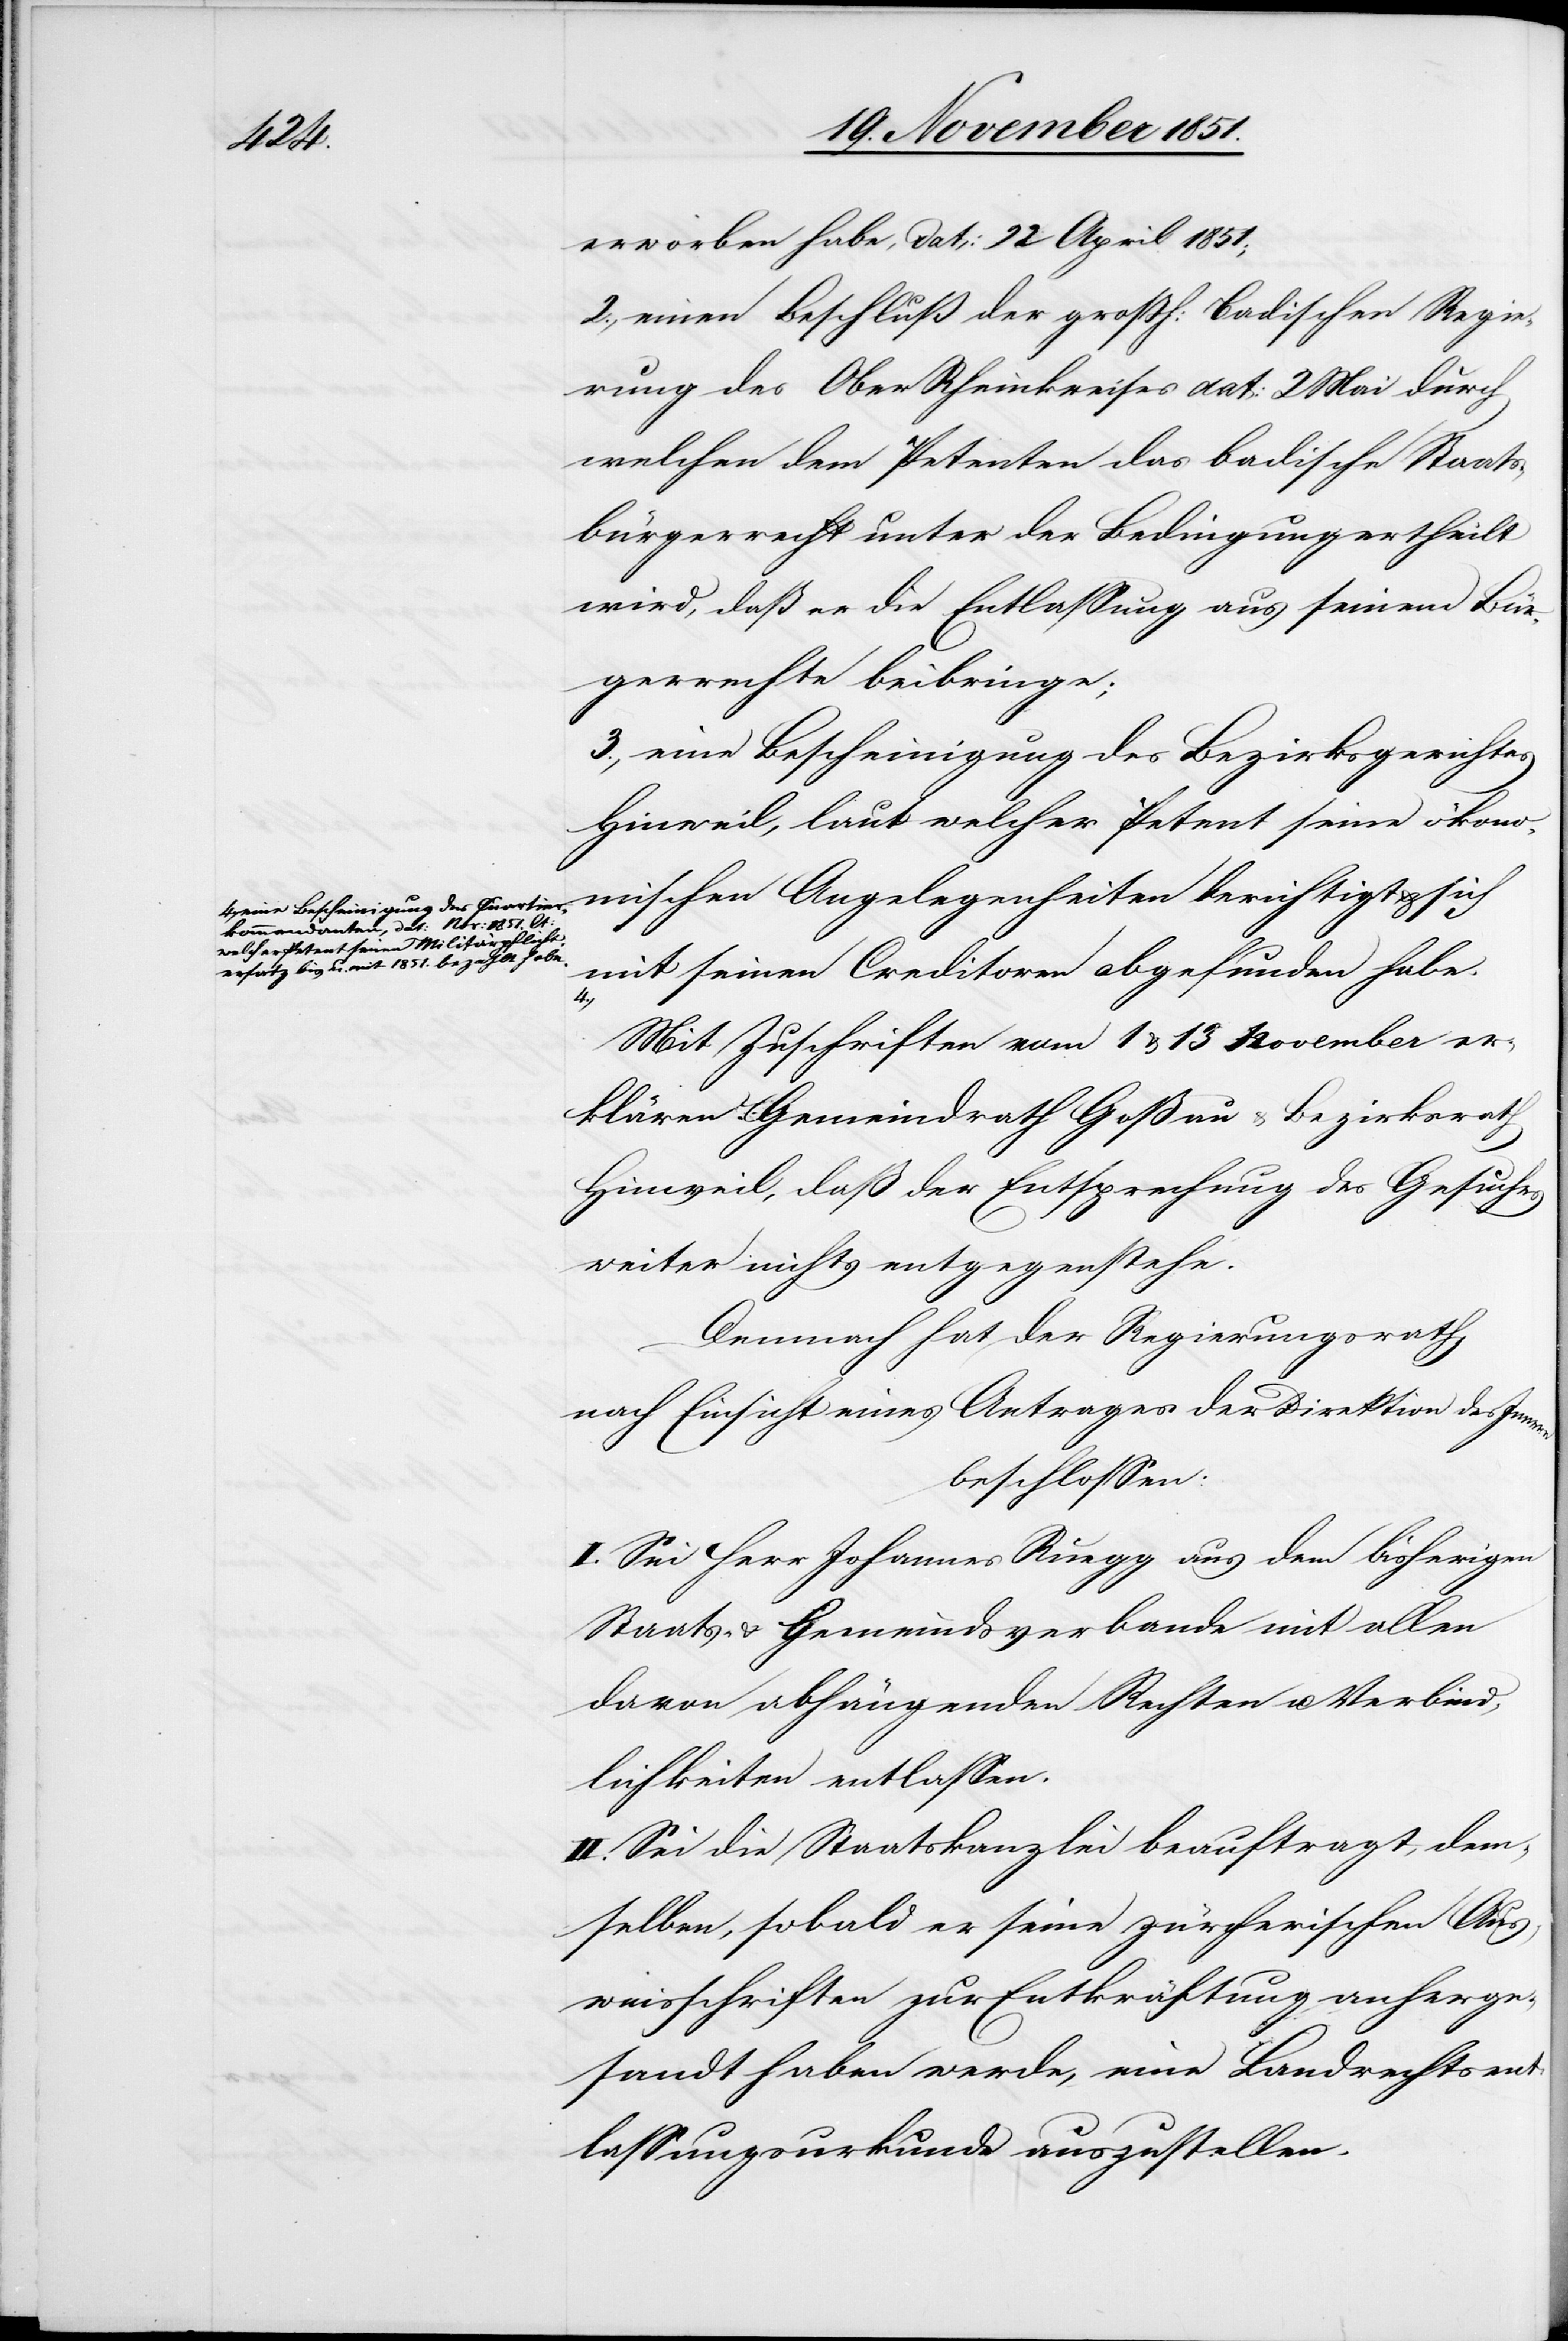
a-eine Bescheinigung des Quartier¬
kommandanten, dat: … Nov: 1851. lt:
welcher Petent seinen Militärpflicht¬
ersatz bis u. mit 1851. bezahlt hab¬

erworben habe, dat: 22 April 1851;
2., einen Beschluß der großh: Badischen Regie¬
rung des Ober[-]Rheinkreises dat: 2 Mai durch
welchen dem Petenten das badische Staats¬
bürgerrecht unter der Bedingung ertheilt
wird, daß er die Entlassung aus seinem Bür¬
gerrechte beibringe;
3., eine Bescheinigung des Bezirksgerichtes
Hinweil, laut welcher Petent seine ökono¬
mischen Angelegenheiten berichtigt & sich
mit seinen Creditoren abgefunden habe.
e.-a
Mit Zuschriften vom 1 & 13 November er¬
klären Gemeindrath Goßau & Bezirksrath
Hinweil, daß der Entsprechung des Gesuches
weiter nichts entgegenstehe.
Demnach hat der Regierungsrath,
nach Einsicht eines Antrages der Direktion des Innern
beschlossen:
I. Sei Herr Johannes Ruegg aus dem bisherigen
Staats- & Gemeindsverbande mit allen
davon abhängenden Rechten u. Verbind¬
lichkeiten entlassen.
II. Sei die Staatskanzlei beauftragt, dem¬
selben, sobald er seine zürcherischen Aus¬
weisschriften zur Entkräftung anherge¬
sandt haben werde, eine Landrechtsent¬
lassungsurkunde auszustellen.